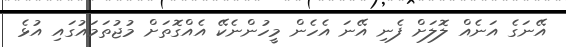
އޭނަގެ އަނެއް ލޮލަށް ފެނި އޭނަ އެހެން މީހުންނެކޭ އެއްގޮތަށް މުޖުތަމައުގައި އުޅެ